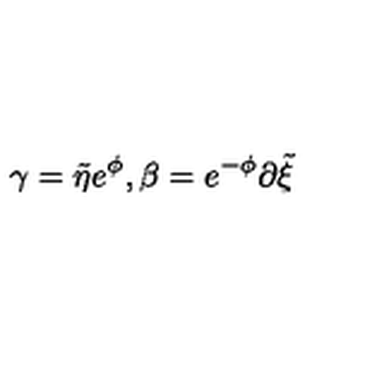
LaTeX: \gamma = { \tilde { \eta } } e ^ { \phi } , \beta = e ^ { - \phi } \partial { \tilde { \xi } }